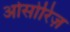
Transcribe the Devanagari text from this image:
ओसोरिज़